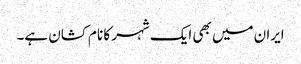
ایران میں بھی ایک شہر کا نام کشان ہے۔